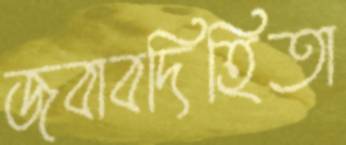
জবাবদিহিতা